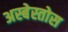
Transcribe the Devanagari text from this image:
अस्बेस्तोस